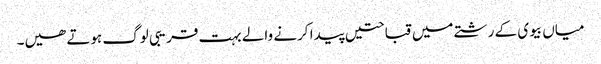
میاں بیوی کے رشتے میں قباحتیں پیدا کرنے والے بہت قریبی لوگ ہوتے ھیں۔